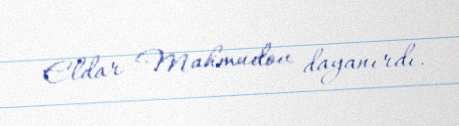
Eldar Mahmudov dayanırdı.